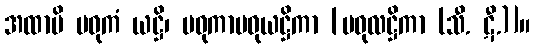
အထာပိ မဓုကံ ယဋ္ဌိ၊ မဓုကာမဓုယဋ္ဌိကာ [မဓုလဋ္ဌိကာ (သီ. ဋီ.)]။